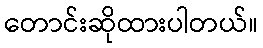
တောင်းဆိုထားပါတယ်။